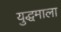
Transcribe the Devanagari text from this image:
युद्धमाला